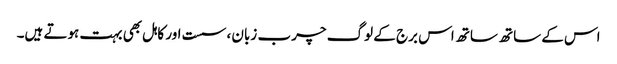
اس کے ساتھ ساتھ اس برج کے لوگ چرب زبان ، سست اور کاہل بھی بہت ہوتے ہیں۔